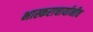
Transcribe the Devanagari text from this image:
भास्कराचार्यानीच